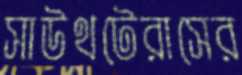
সাউথটেরাসের